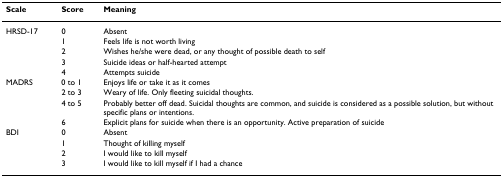
| Scale | Score | Meaning |
 | --- | --- | --- |
 | HRSD-17 | 0 | Absent |
 |  | 1 | Feels life is not worth living |
 |  | 2 | Wishes he/she were dead, or any thought of possible death to self |
 |  | 3 | Suicide ideas or half-hearted attempt |
 |  | 4 | Attempts suicide |
 | MADRS | 0 to 1 | Enjoys life or take it as it comes |
 |  | 2 to 3 | Weary of life. Only fleeting suicidal thoughts. |
 |  | 4 to 5 | Probably better off dead. Suicidal thoughts are common, and suicide is considered as a possible solution, but without specific plans or intentions. |
 |  | 6 | Explicit plans for suicide when there is an opportunity. Active preparation of suicide |
 | BDI | 0 | Absent |
 |  | 1 | Thought of killing myself |
 |  | 2 | I would like to kill myself |
 |  | 3 | I would like to kill myself if I had a chance |